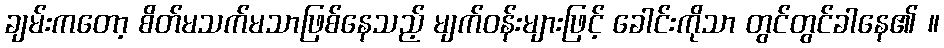
ချမ်းကတော့ စိတ်မသက်မသာဖြစ်နေသည့် မျက်ဝန်းများဖြင့် ခေါင်းကိုသာ တွင်တွင်ခါနေ၏ ။